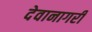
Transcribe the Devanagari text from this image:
देवानागरी